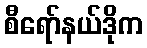
စီရော်နယ်ဒိုက